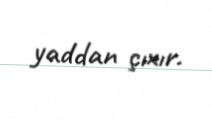
yaddan çıxır.